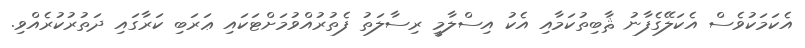
އެކަމަކުވެސް އެކަލޭގެފާނު ޘާބިތުކަމާއި އެކު އިސްލާމީ ރިސާލަތު ފެތުރުއްވުމަށްޓަކައި ޢަރަބި ކަރާގައި ދަތުރުކުރެއްވި.